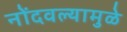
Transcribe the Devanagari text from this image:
नोंदवल्यामुळे